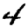
Digit: 4